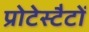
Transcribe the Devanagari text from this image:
प्रोटेस्टैटों